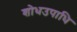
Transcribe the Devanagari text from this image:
शोधउपाधि